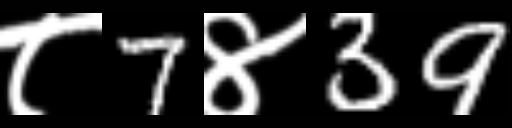
Text: ८7४39